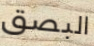
البصق